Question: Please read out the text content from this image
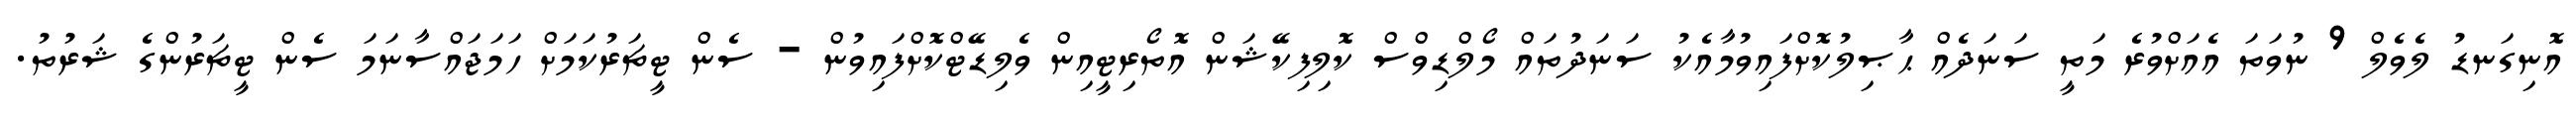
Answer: އޮނިގަނޑު ލެވެލް 9 ނުވަތަ އެއަށްވުރެ މަތީ ސަނަދެއް ޙާޞިލުކޮށްފައިވުމާއެކު ސަނަދުތައް މޯލްޑިވްސް ކޮލިފިކޭޝަން އޮތޯރިޓީއިން ވެލިޑޭޓްކޮށްފައިވުން - ސެން ޓީޗަރުކަމަށް ހަމަޖައްސާނަމަ ސެން ޓީޗަރުންގެ ޝަރުތު.